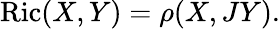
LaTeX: \operatorname{Ric}(X,Y)=\rho(X,JY).